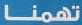
تهمنا